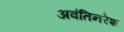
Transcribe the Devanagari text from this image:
अवंतिनरेश